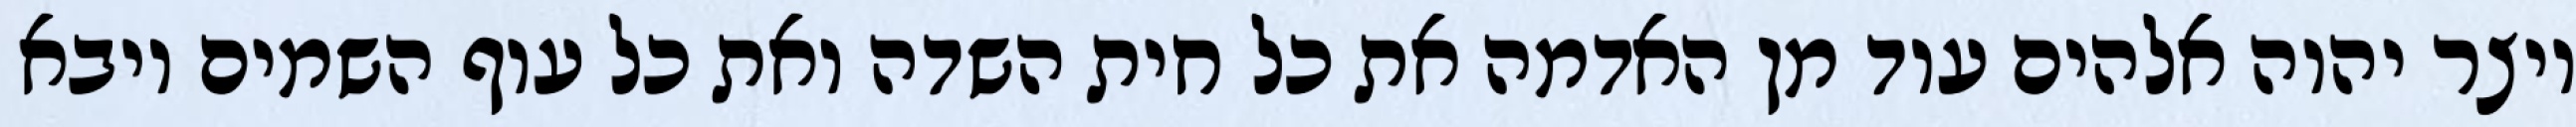
ויצר יהוה אלהים עוד מן האדמה את כל חית השדה ואת כל עוף השמים ויבא